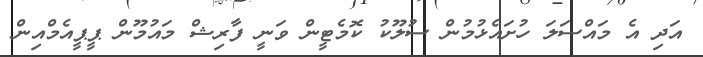
އަދި އެ މައްސަލަ ހުށައެޅުމުން ސުލޫކު ކޮމެޓީން ވަނީ ފާރިޝް މައުމޫން ޕީޕީއެމްއިން